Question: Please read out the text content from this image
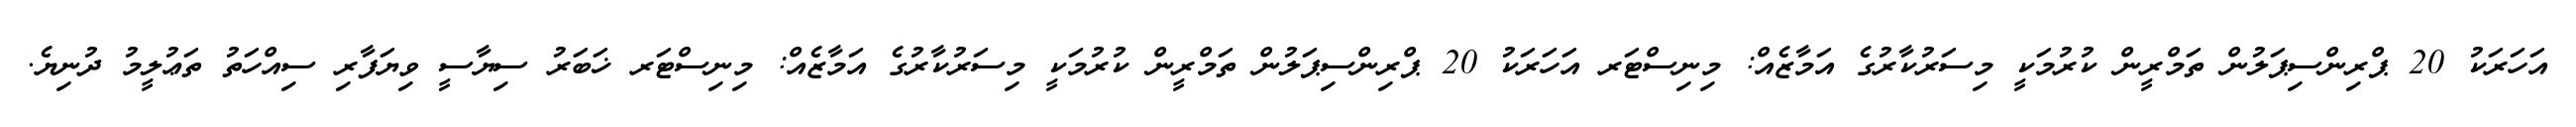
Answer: އަހަރަކު 20 ޕްރިންސިޕަލުން ތަމްރީން ކުރުމަކީ މިސަރުކާރުގެ އަމާޒެއް: މިނިސްޓަރ އަހަރަކު 20 ޕްރިންސިޕަލުން ތަމްރީން ކުރުމަކީ މިސަރުކާރުގެ އަމާޒެއް: މިނިސްޓަރ ޚަބަރު ސިޔާސީ ވިޔަފާރި ސިއްހަތު ތަޢުލީމު ދުނިޔެ.